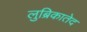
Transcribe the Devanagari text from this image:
लुब्रिकातेद